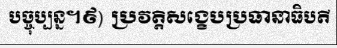
បច្ចុប្បន្ន។៩) ប្រវត្តិសង្ខេបប្រធានាធិបតី